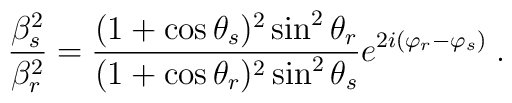
\frac{\beta_s^2}{\beta_r^2}=\frac{(1+\cos\theta_s)^2\sin^2\theta_r}{(1+\cos\theta_r)^2\sin^2\theta_s}e^{2i(\varphi_r-\varphi_s)}\;.